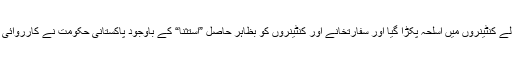
چنانچہ ستر کی دہائی میں عراق کے سفارتخانے کے لیے آنے والے کنٹینروں میں اسلحہ پکڑا گیا اور سفارتخانے اور کنٹینروں کو بظاہر حاصل ”استثنا“ کے باوجود پاکستانی حکومت نے کارروائی کی اور بالعموم اسے ویانا معاہدے کی خلاف ورزی نہیں کہا گیا۔